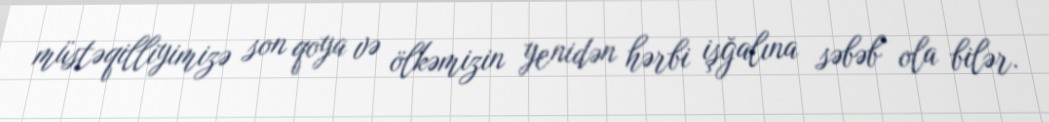
müstəqilliyimizə son qoya və ölkəmizin yenidən hərbi işğalına səbəb ola bilər.